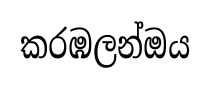
කරඹලන්ඔය